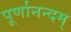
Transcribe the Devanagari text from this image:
पूर्णानन्दम्